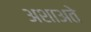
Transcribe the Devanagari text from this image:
अशाअते